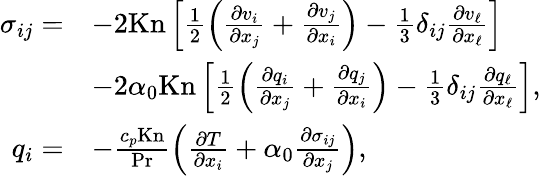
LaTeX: \begin{array}{rl}{\sigma_{ij}=}&{-2\mathrm{Kn}\left[\frac{1}{2}\left(\frac{\partial v_{i}}{\partial x_{j}}+\frac{\partial v_{j}}{\partial x_{i}}\right)-\frac{1}{3}\delta_{ij}\frac{\partial v_{\ell}}{\partial x_{\ell}}\right]}\\ &{-2\alpha_{0}\mathrm{Kn}\left[\frac{1}{2}\left(\frac{\partial q_{i}}{\partial x_{j}}+\frac{\partial q_{j}}{\partial x_{i}}\right)-\frac{1}{3}\delta_{ij}\frac{\partial q_{\ell}}{\partial x_{\ell}}\right],}\\ {q_{i}=}&{-\frac{c_{p}\mathrm{Kn}}{\mathrm{Pr}}\left(\frac{\partial T}{\partial x_{i}}+\alpha_{0}\frac{\partial\sigma_{ij}}{\partial x_{j}}\right),}\end{array}